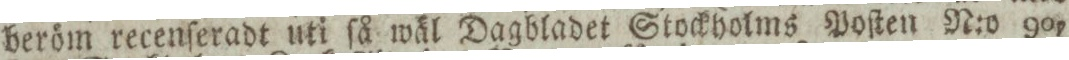
beröm recenſeradt uti ſå wäl Dagbladet Stockholms Poſten N:o 90,